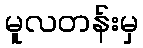
မူလတန်းမှ